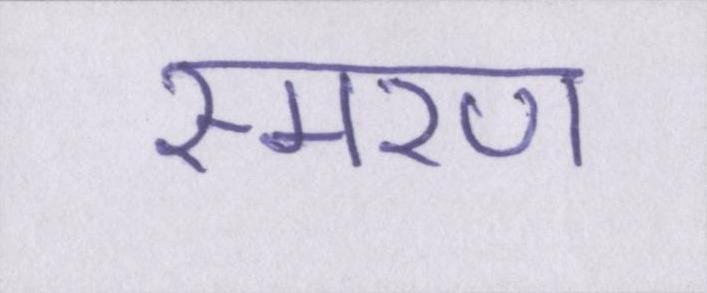
स्मरण